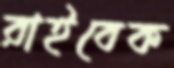
রাইবেক